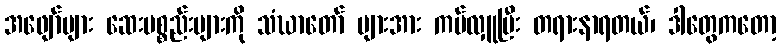
အဖျော်များ ဆေးပစ္စည်းများကို သံဃာတော် များအား ကပ်လှူပြီး တရားနာရတယ်၊ ဒါတွေကတော့